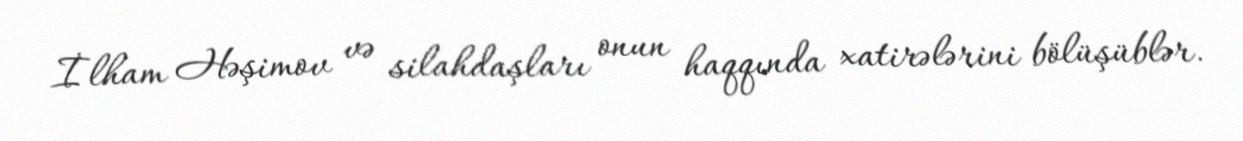
İlham Həşimov və silahdaşları onun haqqında xatirələrini bölüşüblər.